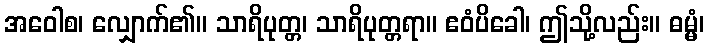
အဝေါစ၊ လျှောက်၏။ သာရိပုတ္တ၊ သာရိပုတ္တရာ။ ဧဝံပိခေါ၊ ဤသို့လည်း။ ဓမ္မံ၊